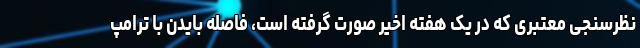
نظرسنجی معتبری که در یک هفته اخیر صورت گرفته است، فاصله بایدن با ترامپ